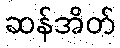
ဆန်အိတ်